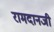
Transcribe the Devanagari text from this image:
रामदानजी